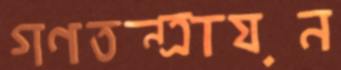
গণতন্ত্রায়ন